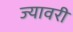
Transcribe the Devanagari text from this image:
ज्यावरी